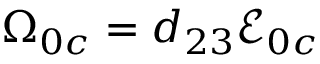
{ \Omega } _ { 0 c } = d _ { 2 3 } { \mathcal { E } } _ { 0 c }